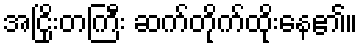
အငြိုးတကြီး ဆက်တိုက်ထိုးနေ၏။